Annual report of the Punjab Veterinary College and of the Civil Veterinary Department, Punjab - 1920-1925
Year: 1920
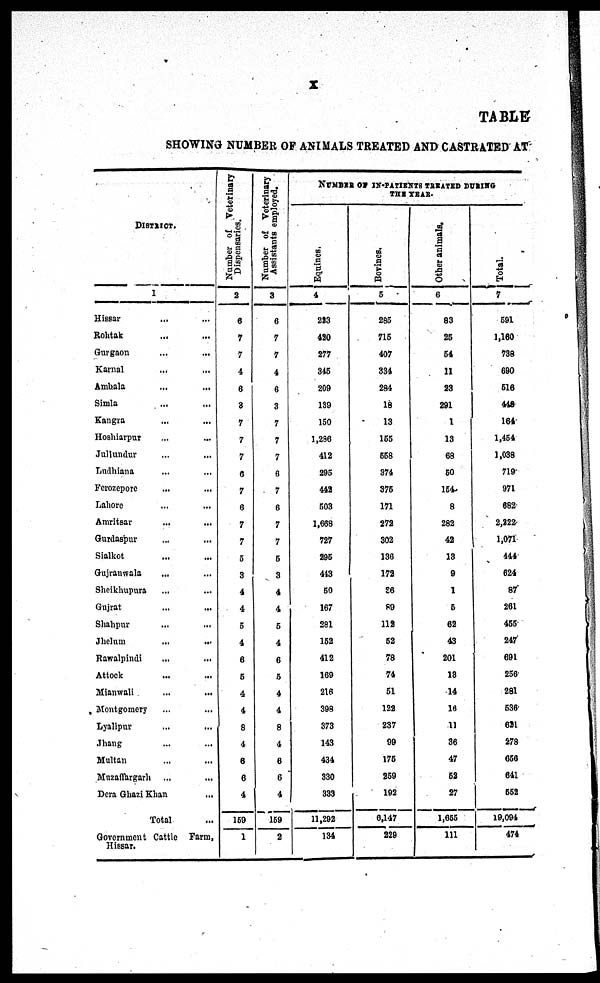
x
TABLE
SHOWI NG NUMBER OF ANI MALS TREATED A N D CASTRATED A T
DI STRI CT.
1
Hi ssar ... ...
Roht ak . . . . . .
Gur gaon ...
...
Karnal
...
...
Ambal a ... ...
Si ml a ... ...
Kangra ... ...
Hoshi arpur ... ...
Jul l undur ... ...
Ludhi ana ... ...
Ferozepore . . . . . .
Lahor e ... ...
Amri t sar ... ...
Gurdaspur ... ...
Si al kot ... ...
Guj ranwal a ... ...
Shei khupura ... ...
Guj rat ... ...
Shahpur ... ...
Jhel um
... ...
Rawal pi ndi ... ...
At t ock ... ...
Mi anwal i ... ...
Mont gomer y ... ...
Lyal i pur ... ...
Jhang ... ...
Mul t an ... ...
Muzaf f ar gar h ... ...
Der a Ghazi Khan ...
Tot al ...
Gover nment Cat t l e Farm,
Hissar.
Number of Veterinary
Dispensaries.
2
6
7
7
4
6
3
7
7
7
6
7
6
7
7
5
3
4
4
5
4
6
5
4
4
8
4
6
6
4
159
1
Number of Veterinary
Assistants employed.
3
6
7
7
4
6
3
7
7
7
6
7
6
7
7
5
3
4
4
5
4
6
5
4
4
8
4
6
6
4
159
2
NUMBER O F I N- PATI ENTS TREATED DURI NG
Equines.
4
223
420
277
345
209
139
150
1, 286
412
295
442
503
1, 668
727
295
443
50
167
281
152
412
169
216
398
373
143
434
330
333
11, 292
134
Bovines.
5
285
715
407
334
284
18
13
155
558
374
375
171
272
302
136
172
86
80
112
52
78
74
51
122
237
99
175
259
192
6, 147
229
Other animals.
6
83
25
54
11
23
291
1
13
68
50
154
8
282
42
13
9
1
6
62
43
201
13
14
16
11
36
47
62
27
1, 655
111
Total.
7
591
1, 160
738
690
516
448
164
1, 454
1, 038
719
971
682
2, 222
1, 071
444
624
87
261
455
247
691
256
281
536
621
278
656
641
552
19, 094
474